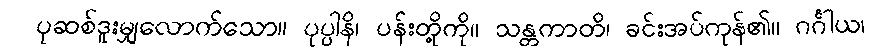
ပုဆစ်ဒူးမျှလောက်သော။ ပုပ္ပါနိ၊ ပန်းတို့ကို။ သန္တကာတိ၊ ခင်းအပ်ကုန်၏။ ဂင်္ဂါယ၊